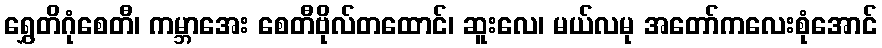
ရွှေတိဂုံစေတီ၊ ကမ္ဘာအေး စေတီဗိုလ်တထောင်၊ ဆူးလေ၊ မယ်လမု အတော်ကလေးစုံအောင်